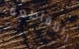
المقاطعه